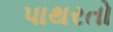
પાથરતો